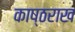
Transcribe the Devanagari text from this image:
काष्ठराख